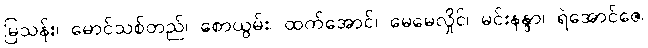
မြသန်း၊ မောင်သစ်တည်၊ စောယွမ်း၊ ထက်အောင်၊ မေမေလှိုင်၊ မင်းနန္ဒာ၊ ရဲအောင်ဇေ၊